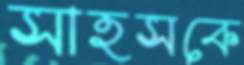
সাহসকে